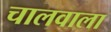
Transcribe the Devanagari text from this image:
चालवाला